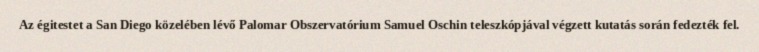
Az égitestet a San Diego közelében lévő Palomar Obszervatórium Samuel Oschin teleszkópjával végzett kutatás során fedezték fel.